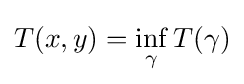
T(x,y)=\inf _{\gamma }T(\gamma )